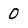
Character: 0